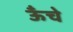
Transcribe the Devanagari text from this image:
ऊॅंचे